Vaccination United Provinces of Agra and Oudh 1902-1913 - 1902-1913
Year: 1902
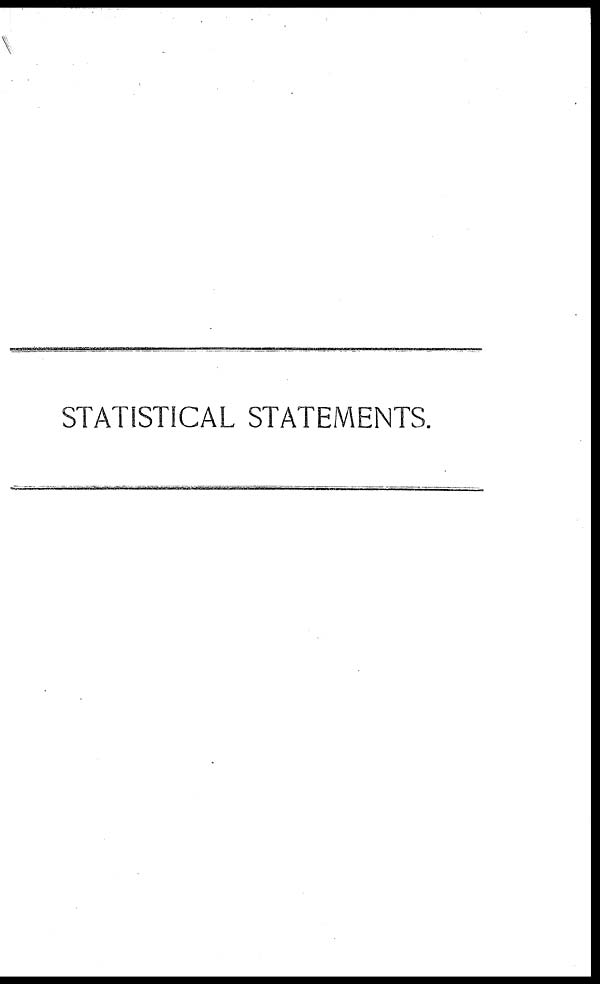
STATISTICAL STATEMENTS.